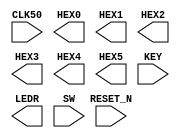

//=======================================================
//  This code is generated by Terasic System Builder
//=======================================================

module ECE2300(

	//////////// CLOCK //////////
	input 		          		CLK50,

	//////////// SEG7 //////////
	output		     [6:0]		HEX0,
	output		     [6:0]		HEX1,
	output		     [6:0]		HEX2,
	output		     [6:0]		HEX3,
	output		     [6:0]		HEX4,
	output		     [6:0]		HEX5,

	//////////// KEY //////////
	input 		     [3:0]		KEY,
	input 		          		RESET_N,

	//////////// LED //////////
	output		     [9:0]		LEDR,

	//////////// SW //////////
	input 		     [9:0]		SW
);



//=======================================================
//  REG/WIRE declarations
//=======================================================




//=======================================================
//  Structural coding
//=======================================================



endmodule